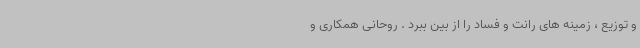
و توزیع ، زمینه های رانت و فساد را از بین ببرد . روحانی همکاری و